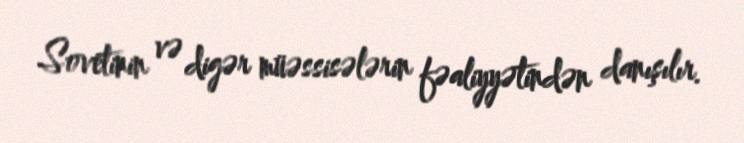
Sovetinin və digər müəssisələrin fəaliyyətindən danışılır.